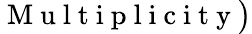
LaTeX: \mathrm{~M~u~l~t~i~p~l~i~c~i~t~y~}\big)